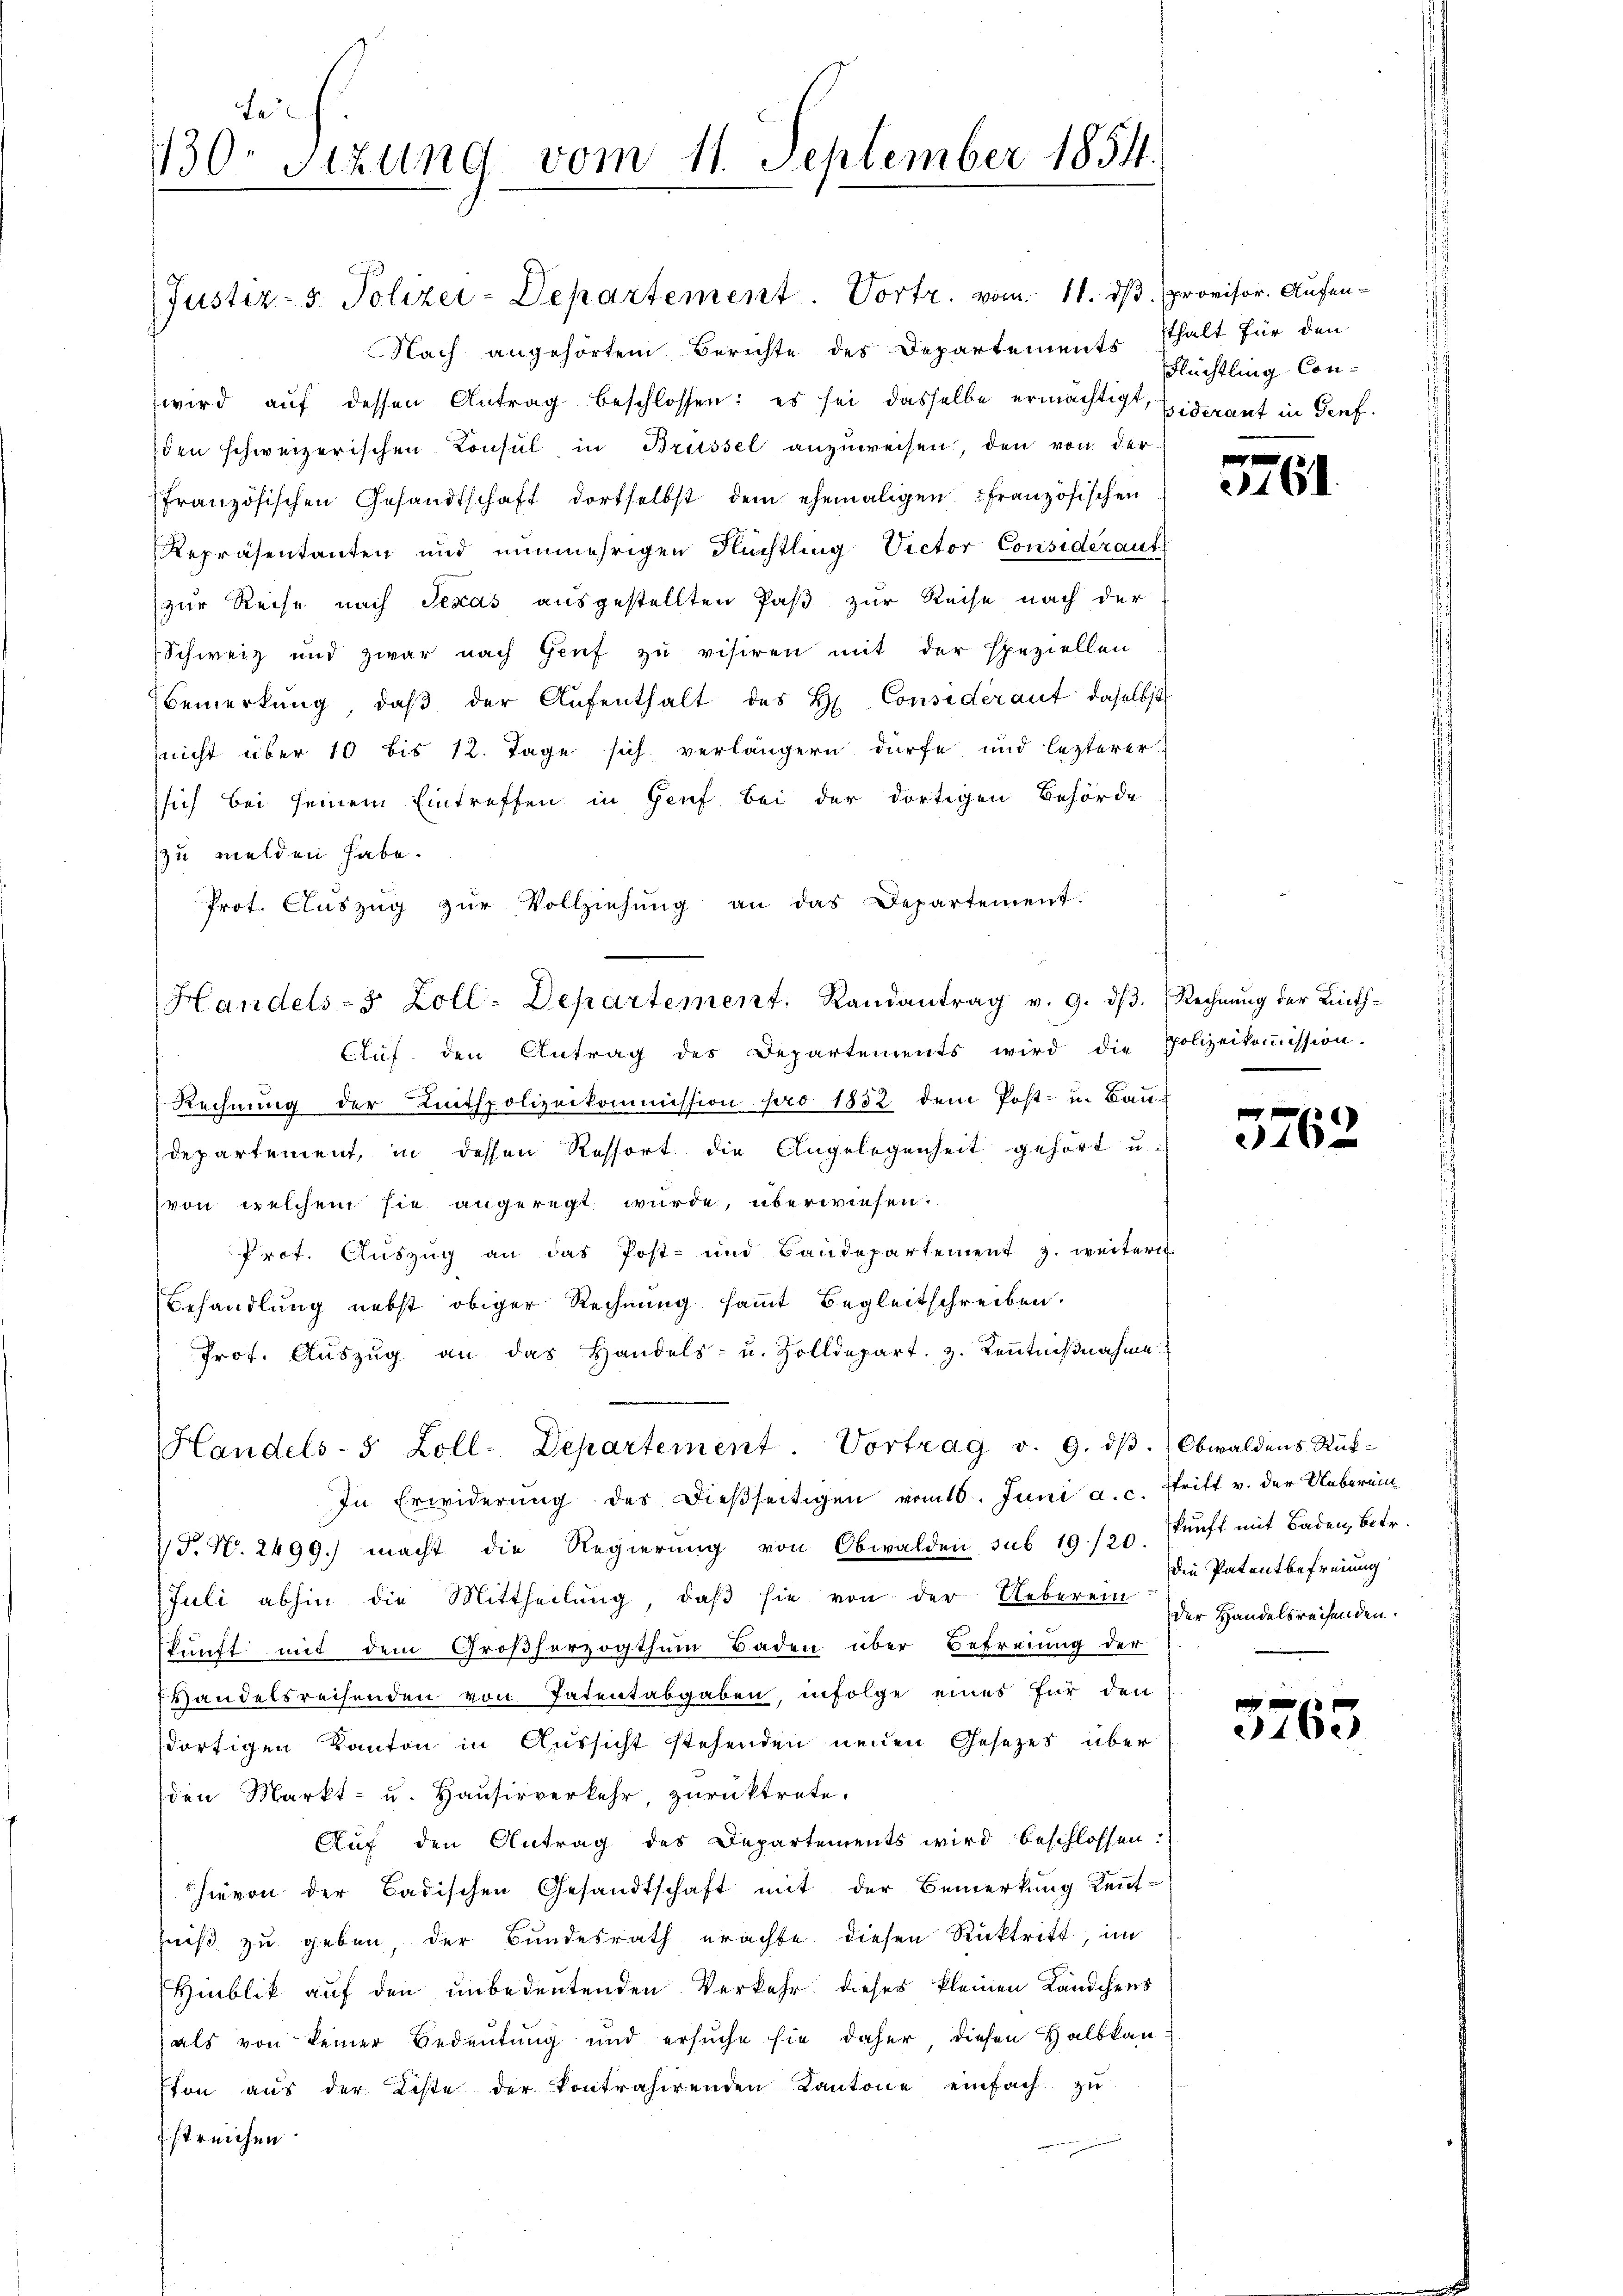
Nach angehörtem Berichte des Departements Thalt für den
wird auf dessen Antrag beschlossen: es sei dasselbe ermächtigt, Eiderant in Genf.
den schweizerischen Consul in Brüssel anzuweisen, den von der
französischen Gesandtschaft dortselbst dem ehemaligen französischen
Repräsentanten und nunmehrigen Flüchtling Vector Consideraut
zur Reise nach Texas ausgestellten Paß zur Reise nach der
Schweiz und zwar nach Genf zu visiren mit der speziellen
Bemerkung, daβ der Aŭfenthalt des H. Considérant daselbst
nicht über 10 bis 12. Tage sich verlängern dürfe und lezterer
sich bei seinem Eintreffen in Genf bei der dortigen Behörde
zu melden habe.
Prot. Aŭszŭg zŭr Vollziehŭng an das Departement.
Cluf den Antrag des Departements wird die Polizeikoṁission.
Rechnŭng der Leitspolizeikommission pro 1852 dem Post- u. Bau-
departement, in dessen Ressort die Angelegenheit gehört u.
von welchem sie angeregt wurde, überwiesen.
Prof. Auszug an das Post- und Baudepartement z. weitere
Behandlung nebst obiger Rechnung sammt Begleitschreiben.
Prof. Aŭszŭg an das Handels- u. Zolldepart. 3. Keṅtniβnahme
Handels- 5 Zoll-Departement. Vortrag v. 9. dβ. Obwaldens Rück-
In Erwiderŭng des dießseitigen vom 16. Juni a.c. stritt v. der Ueberein
 P. N. 2499.) macht die Regierŭng von Obwalden sub 19/20. Zunft mit Baden, betr.
Juli abhin die Mittheilung, daß sie von der Ueberein
skunft mit dem Großherzogthum Baden über Befreiung der
Handelsreisenden von Patentabgaben, infolge eines für den
dortigen Kanton in Aussicht stehenden neuen Gesetzes über
den Markt- u. Hausirverkehr, zurücktrete.
Auf den Antrag des Departements wird beschlossen:
hievon der Badischen Gesandtschaft mit der Bemerkung Kent-
hniß zu geben, der Bundesrath erachte diesen Rücktritt, im
Hinblik auf den unbedeutenden Verkehr dieses kleinen Kändchens
als von keiner Bedeutung und ersŭche sie daher, diesen Halbkanston aus der Liste der Kontrahirenden Kantone einfach zu
streichen

Le
1130. Sizung vom 11. September 1854.

Justiz- & Polizei-Departement. Vortr. vom 11. ds. provisor. Aufen¬

Handels-S. Zoll-Departement. Randantrag v. 9. dβ. Rechnŭng der Linth-

Flüchtling Con¬

5761

3763

die Patentbefreiung
der Handelsreisenden.

40.